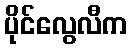
ပိုင်လွေလီက